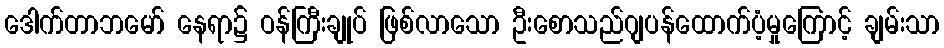
ဒေါက်တာဘမော် နေရာ၌ ဝန်ကြီးချုပ် ဖြစ်လာသော ဦးစောသည်ဂျပန်ထောက်ပံ့မှုကြောင့် ချမ်းသာ